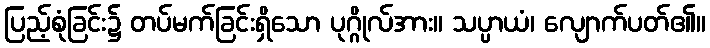
ပြည့်စုံခြင်း၌ တပ်မက်ခြင်းရှိသော ပုဂ္ဂိုလ်အား။ သပ္ပာယံ၊ လျောက်ပတ်၏။